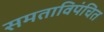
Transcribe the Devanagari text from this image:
समताविपंचित